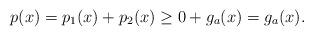
LaTeX: \begin{align*} p(x) = p_1(x) + p_2(x)\geq 0 + g_a(x) = g_a(x). \end{align*}